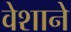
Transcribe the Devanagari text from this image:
वेशाने